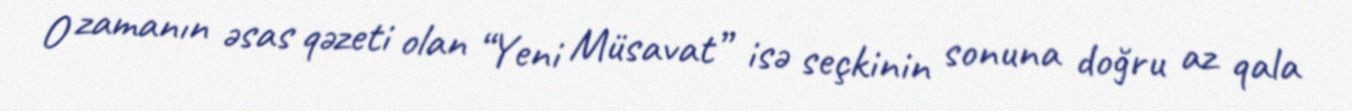
O zamanın əsas qəzeti olan “Yeni Müsavat” isə seçkinin sonuna doğru az qala